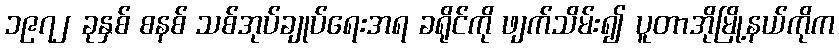
၁၉၇၂ ခုနှစ် စနစ် သစ်အုပ်ချုပ်ရေးအရ ခရိုင်ကို ဖျက်သိမ်း၍ ပူတာအိုမြို့နယ်ကိုက